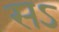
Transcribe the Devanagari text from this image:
सऽ